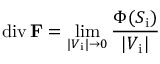
\operatorname { d i v } \mathbf { F } = \operatorname* { l i m } _ { | V _ { \mathrm { i } } | \rightarrow 0 } { \frac { \Phi ( S _ { \mathrm { i } } ) } { | V _ { \mathrm { i } } | } }